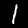
Digit: 1